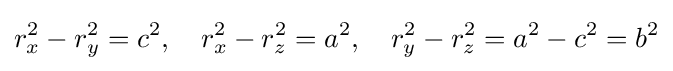
r_{x}^{2}-r_{y}^{2}=c^{2},\quad r_{x}^{2}-r_{z}^{2}=a^{2},\quad r_{y}^{2}-r_{z}^{2}=a^{2}-c^{2}=b^{2}